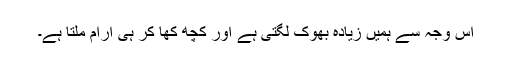
اس وجہ سے ہمیں زیادہ بھوک لگتی ہے اور کچھ کھا کر ہی آرام ملتا ہے۔